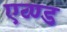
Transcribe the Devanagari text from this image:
एव्ण्ड